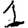
Digit: 1